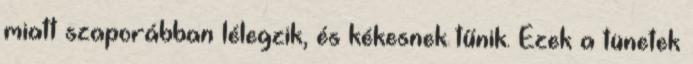
miatt szaporábban lélegzik, és kékesnek tűnik. Ezek a tünetek